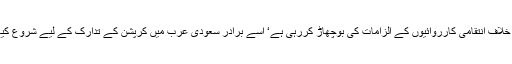
ہماری جو اشرافیہ آج احتساب کی زد میں آکر اپنے خلاف انتقامی کارروائیوں کے الزامات کی بوچھاڑ کررہی ہے‘ اسے برادر سعودی عرب میں کرپشن کے تدارک کے لیے شروع کیے گئے کریک ڈائون سے سبق حاصل کرنا چاہیے۔